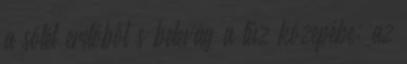
a sötét erdőből s belevág a tűz közepébe; az